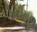
પીપરીમૂળ